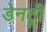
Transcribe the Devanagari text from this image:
डेनट्री